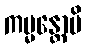
ကမ္မန္တောပိ